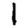
Digit: 1